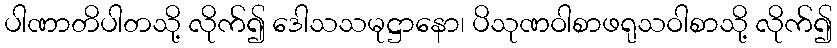
ပါဏာတိပါတသို့ လိုက်၍ ဒေါသသမုဋ္ဌာနော၊ ပိသုဏဝါစာဖရုသဝါစာသို့ လိုက်၍